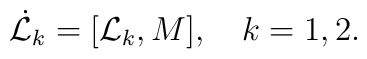
\dot{{\cal L}}_k=[{\cal L}_k,{M}],\quad k=1,2.